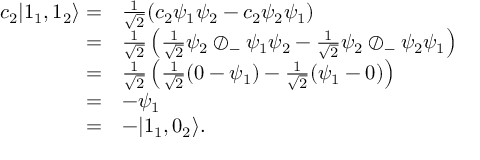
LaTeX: \begin{array} { r l } { c _ { 2 } | 1 _ { 1 } , 1 _ { 2 } \rangle = } & { { \frac { 1 } { \sqrt { 2 } } } ( c _ { 2 } \psi _ { 1 } \psi _ { 2 } - c _ { 2 } \psi _ { 2 } \psi _ { 1 } ) } \\ { = } & { { \frac { 1 } { \sqrt { 2 } } } \left( { \frac { 1 } { \sqrt { 2 } } } \psi _ { 2 } \oslash _ { - } \psi _ { 1 } \psi _ { 2 } - { \frac { 1 } { \sqrt { 2 } } } \psi _ { 2 } \oslash _ { - } \psi _ { 2 } \psi _ { 1 } \right) } \\ { = } & { { \frac { 1 } { \sqrt { 2 } } } \left( { \frac { 1 } { \sqrt { 2 } } } ( 0 - \psi _ { 1 } ) - { \frac { 1 } { \sqrt { 2 } } } ( \psi _ { 1 } - 0 ) \right) } \\ { = } & { - \psi _ { 1 } } \\ { = } & { - | 1 _ { 1 } , 0 _ { 2 } \rangle . } \end{array}